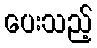
ပေးသည့်